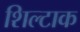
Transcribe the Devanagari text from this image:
शिल्टाक